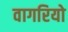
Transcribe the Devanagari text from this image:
वागरियो